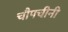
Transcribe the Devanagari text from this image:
चौपचीनी